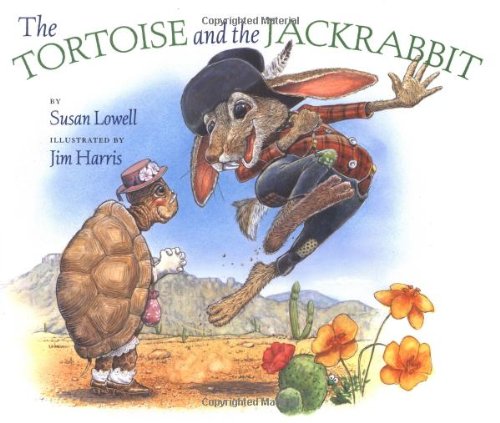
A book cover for The Tortoise and the Jackrabbit (Avenues); Susan Lowell; Children's Books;